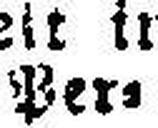
Per¬